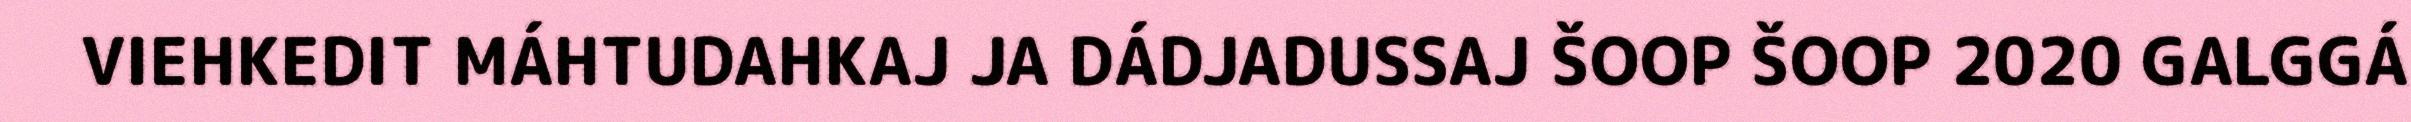
VIEHKEDIT MÁHTUDAHKAJ JA DÁDJADUSSAJ ŠOOP ŠOOP 2020 GALGGÁ